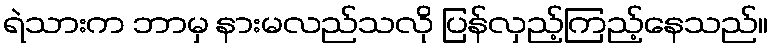
ရဲသားက ဘာမှ နားမလည်သလို ပြန်လှည့်ကြည့်နေသည်။